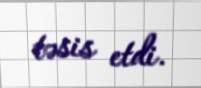
təsis etdi.